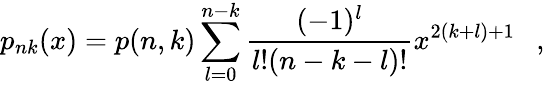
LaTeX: p_{nk}(x)=p(n,k)\sum_{l=0}^{n-k}\frac{(-1)^{l}}{l!(n-k-l)!}x^{2(k+l)+1}~~~,